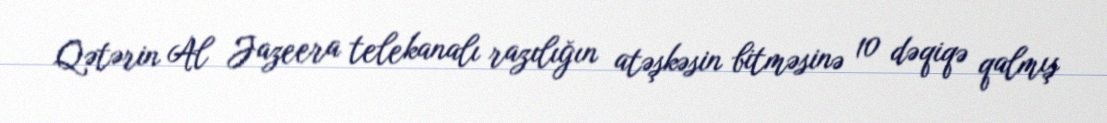
Qətərin Al Jazeera telekanalı razılığın atəşkəsin bitməsinə 10 dəqiqə qalmış